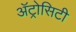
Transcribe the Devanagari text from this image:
अॅट्रोसिटी